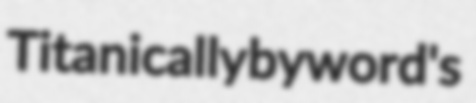
Titanically byword's